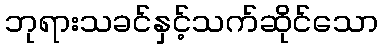
ဘုရားသခင်နှင့်သက်ဆိုင်သော